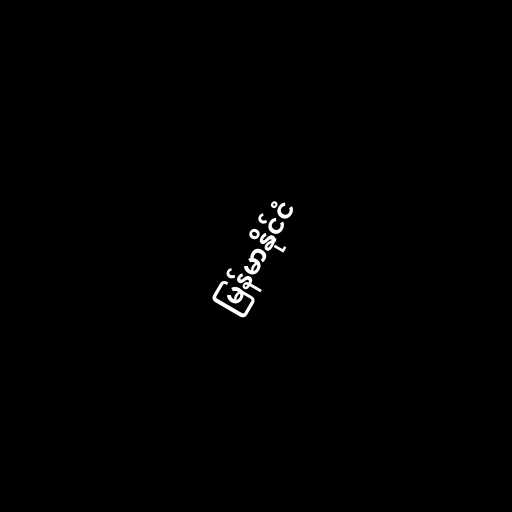
မြန်မာနိုင်ငံ